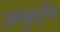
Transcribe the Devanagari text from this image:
जम्बुदीप